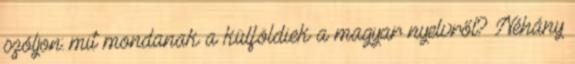
szóljon: mit mondanak a külföldiek a magyar nyelvről? Néhány